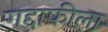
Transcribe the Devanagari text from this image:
गद्दाफीला